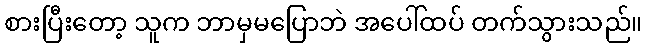
စားပြီးတော့ သူက ဘာမှမပြောဘဲ အပေါ်ထပ် တက်သွားသည်။